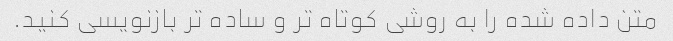
متن داده شده را به روشی کوتاه تر و ساده تر بازنویسی کنید.